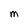
Character: M